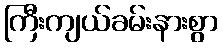
ကြီးကျယ်ခမ်းနားစွာ